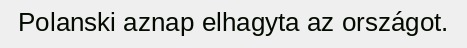
Polanski aznap elhagyta az országot.